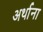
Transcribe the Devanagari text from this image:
अर्थाना